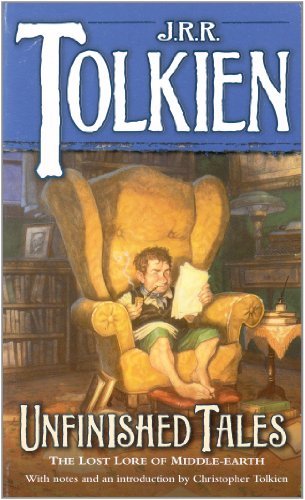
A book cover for Unfinished Tales: The Lost Lore of Middle-earth; J.R.R. Tolkien; Science Fiction & Fantasy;